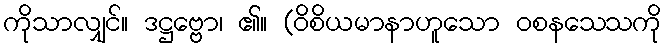
ကိုသာလျှင်။ ဒဋ္ဌဗ္ဗော၊ ၏။ (ဝိစိယမာနာဟူသော ဝစနသေသကို